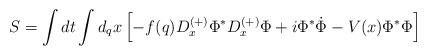
LaTeX: \begin{align*}S=\int dt\int d_{q}x \left[- f(q) D_{x}^{(+)} \Phi^{\ast} D_{x}^{(+)}\Phi+i \Phi^{\ast} \dot{\Phi} - V(x)\Phi^{\ast} \Phi\right]\end{align*}